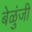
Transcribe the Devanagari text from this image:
बेळुंजी